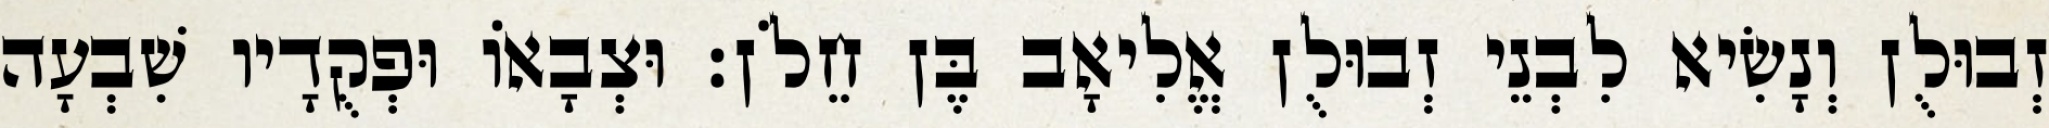
זְבוּלֻן וְנָשִׂיא לִבְנֵי זְבוּלֻן אֱלִיאָב בֶּן חֵלֹן׃ וּצְבָאוֹ וּפְקֻדָיו שִׁבְעָה